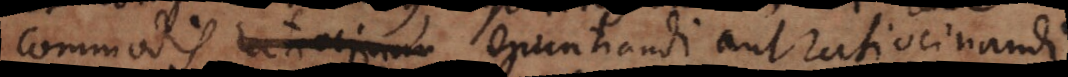
commodis enuntiandi aut ratiocinandi